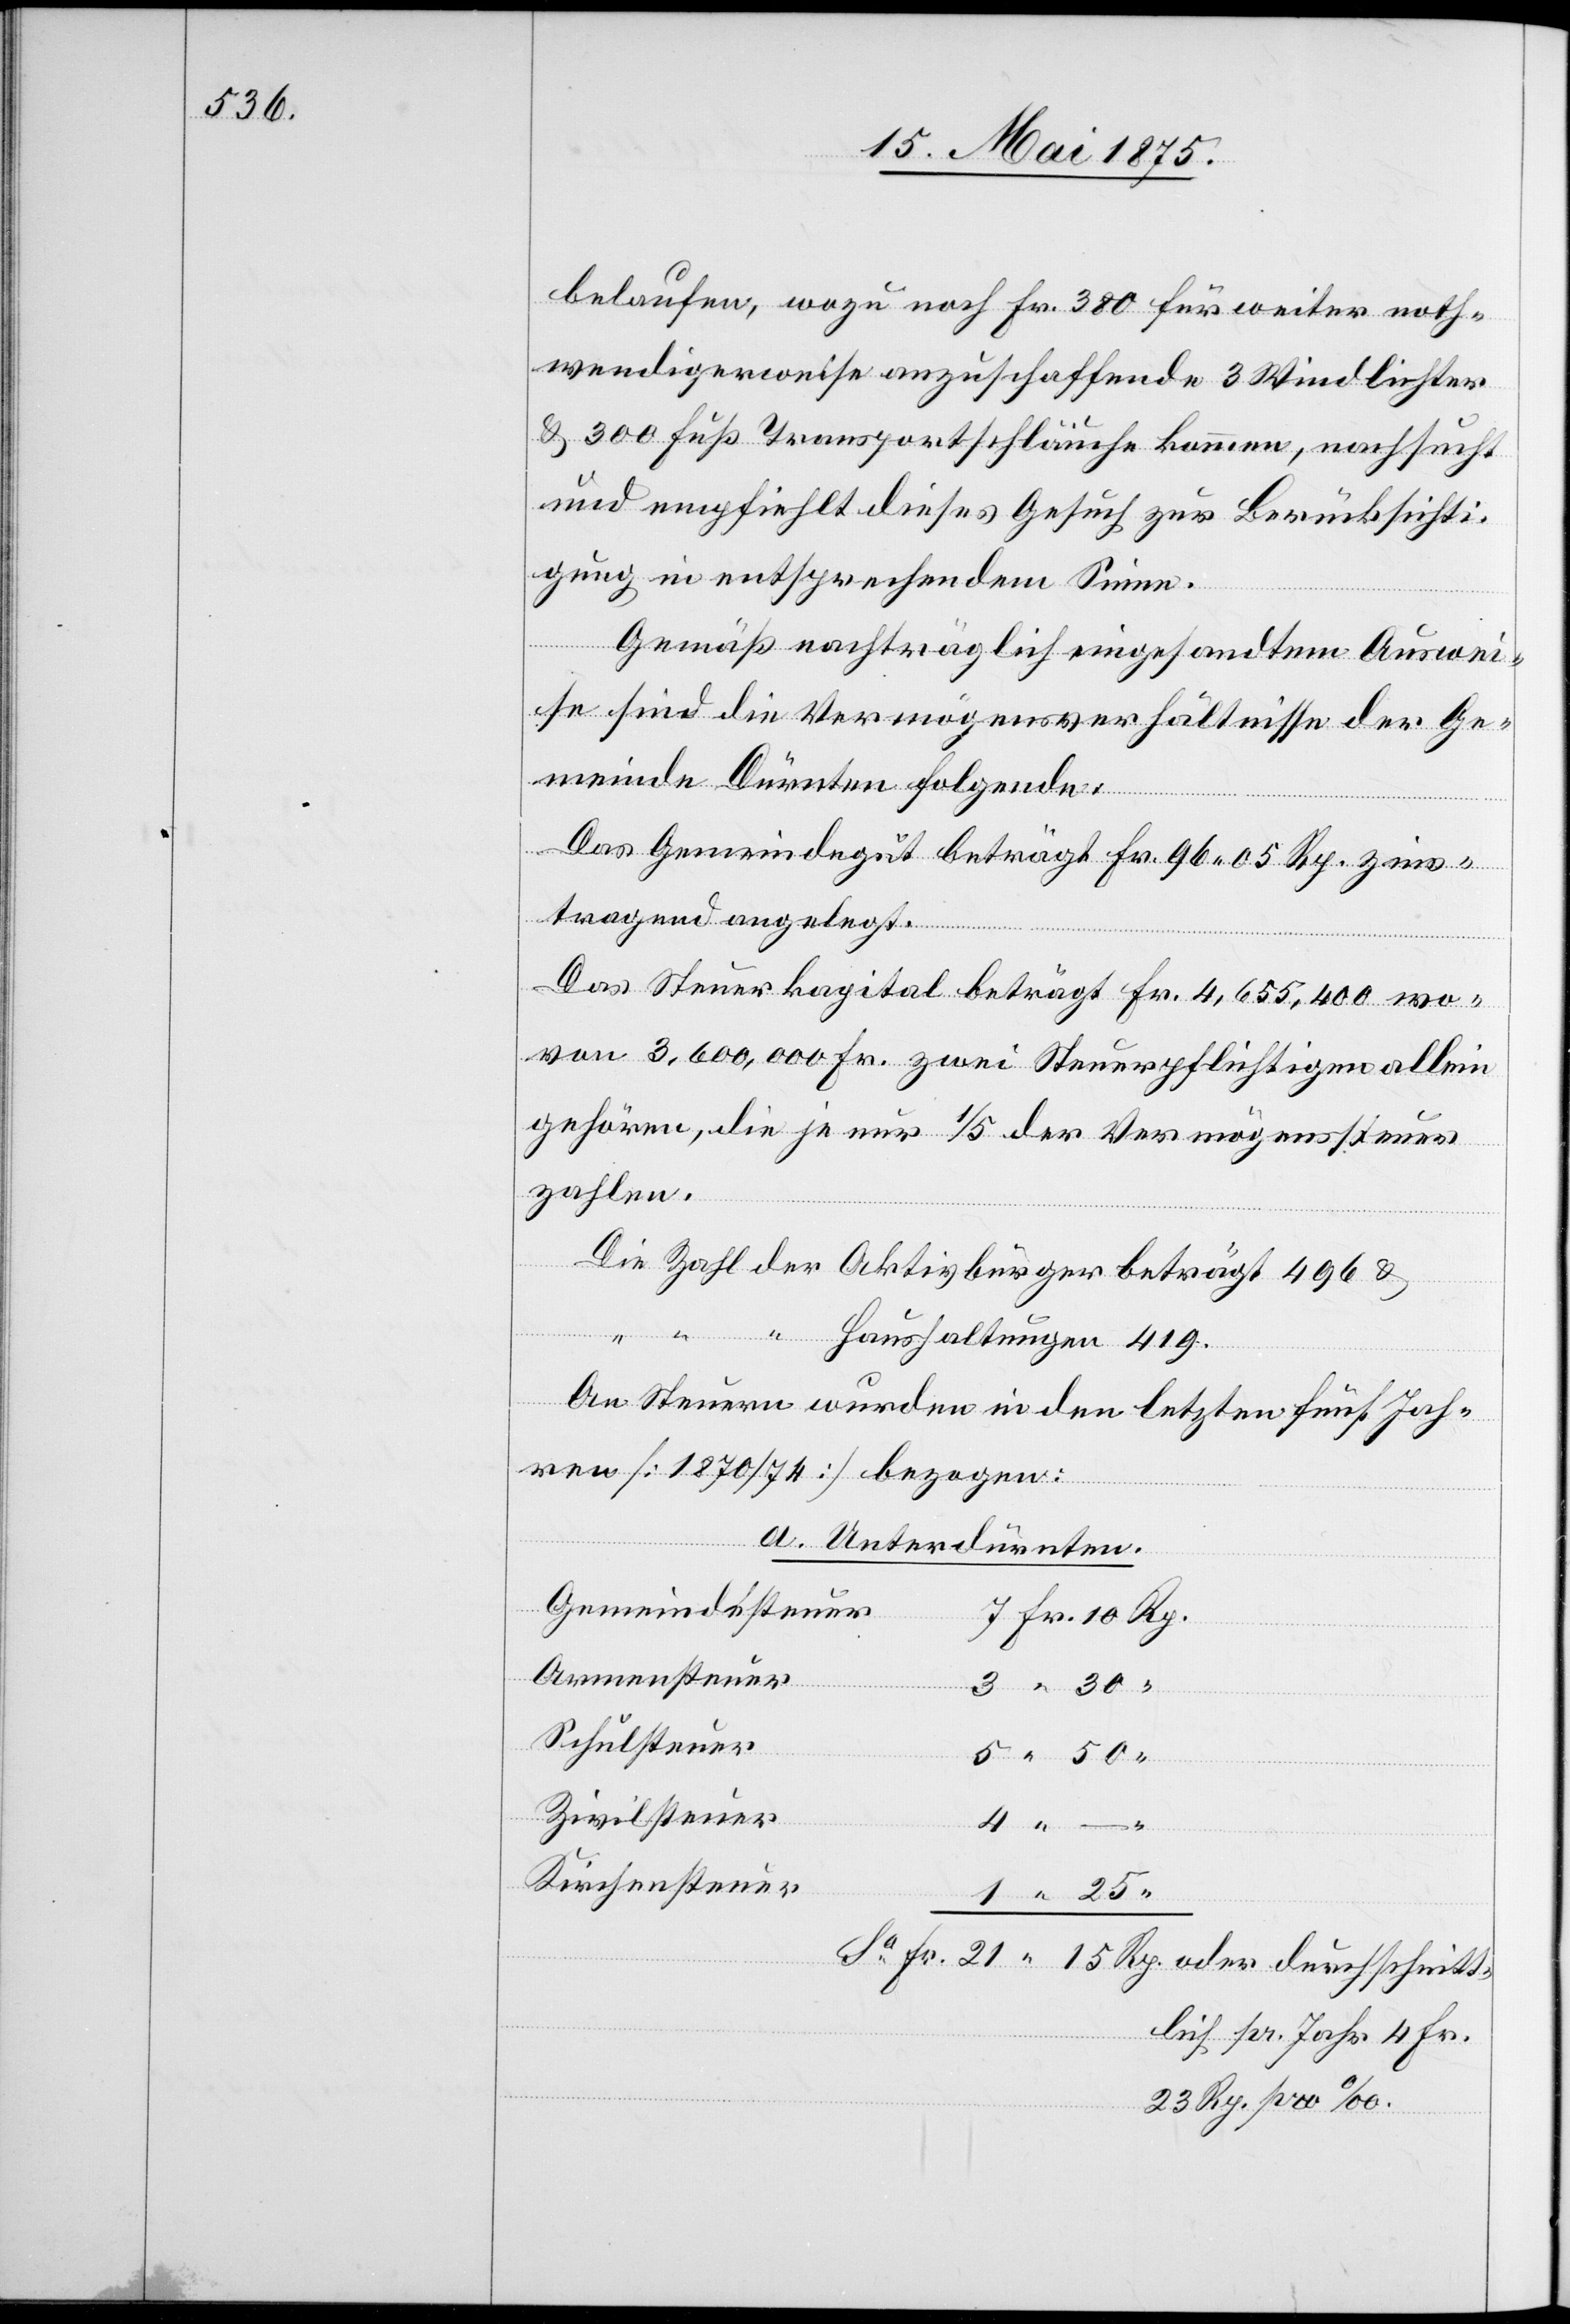
Rp.

belaufen, wozu noch Fr. 380 für weiter noth¬
wendigerweise anzuschaffende 3 Windlichter
& 300 Fuß Transportschläuche kommen, nachsucht
und empfiehlt dieses Gesuch zur Berücksichti¬
gung in entsprechendem Sinne.
15
Gemäß nachträglich eingesandtem Auswei¬
se sind die Vermögensverhältnisse der Ge¬
meinde Dürnten folgende:
Das Gemeindegut beträgt Fr. 96 05 Rp. zins¬
tragend angelegt.
Das Steuerkapital beträgt Fr. 4,655,400 wo¬
von 3,600,000 Fr. zwei Steuerpflichtigen allein
gehören, die je nur 1/5 der Vermögenssteuer
zahlen.
hnitt¬
oder
An Steuern wurden in den letzten fünf Jah¬
ren [1870/74] bezogen:
a. Unterdürnten.
Gemeindesteuer
Armensteuer
Schulsteuer
Zivilsteuer
“
Kirchensteuer
lich pr. Jahr 4 Fr.
23 Rp. pro ‰.